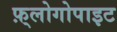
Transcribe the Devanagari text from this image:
फ़्लोगोपाइट